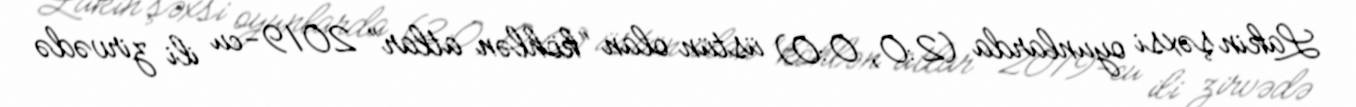
Lakin şəxsi oyunlarda (2:0, 0:0) üstün olan “köhlən atlar” 2019-cu ili zirvədə